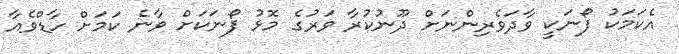
އެކަމަކު ފޯނަކީ ވާދަވެރިންނަށް ދޫނުކުރާ ވަރުގެ މޮޅު ފޯނަކަށް ވާނެ ކަމަށް ހާޑްވެއާ